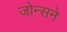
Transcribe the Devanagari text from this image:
जोन्सने